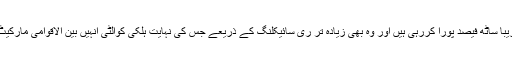
مقامی ملیں ملکی ضروریات کا تقریباً ساٹھ فیصد پورا کررہی ہیں اور وہ بھی زیادہ تر ری سائیکلنگ کے ذریعے جس کی نہایت ہلکی کوالٹی انہیں بین الاقوامی مارکیٹ تک رسائی دینے سے قاصر ہے۔